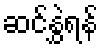
ဆင်နွှဲရန်